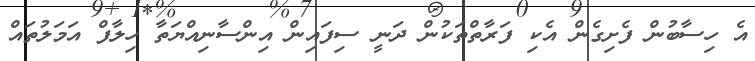
އެ ހިސާބުން ފެށިގެން އެކި ފަރާތްތަކުން ދަނީ ސިފައިން އިންސާނިއްޔަތާ ހިލާފް އަމަލުތައް